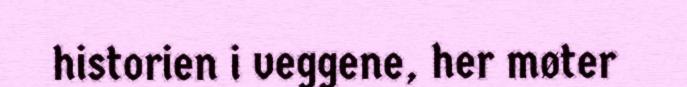
historien i veggene, her møter